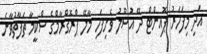
އަދި މިފަހަރު ޕޮއިންޓް ދޭ އުސޫލު ވެށިފަހި މާލޭ ޕްރޮގްރާމްގެ ސްކީމާ ތަފާތުވާނެ